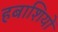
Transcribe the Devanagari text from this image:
हबाशियों